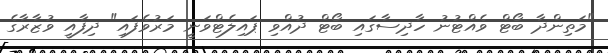
"މަތިންދާ ބޯޓް ވެއްޓުނު ހާދިސާގައި ބޯޓް ދުއްވި ޕައިލެޓްވަނީ މަރުވެފައި" ދިފާއީ ވުޒާރާގެ